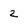
Character: 2